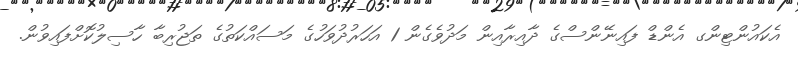
އެކައުންޓިންގ އެންޑް ފައިނޭންސްގެ ދާއިރާއިން މަދުވެގެން 1 އަހަރުދުވަހުގެ މަސައްކަތުގެ ތަޖުރިބާ ހާސިލުކޮށްފައިވުން.